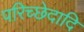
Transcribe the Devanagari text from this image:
परिच्छेदादि